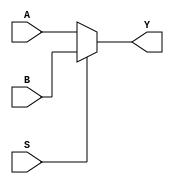
`timescale 1ns / 1ps
//////////////////////////////////////////////////////////////////////////////////
// Company: 
// Engineer: 
// 
// Design Name: 
// Module Name:    mux16 
// Project Name: 
// Target Devices: 
// Tool versions: 
// Description: 
//
// Dependencies: 
//
// Revision: 
// Revision 0.01 - File Created
// Additional Comments: 
//
//////////////////////////////////////////////////////////////////////////////////
module mux(A,B,S,Y);

    input  A,B;
    output  Y;
    input S;
 

assign Y = (S)? B : A;
endmodule